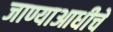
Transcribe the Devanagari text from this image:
जाण्याआधीचे